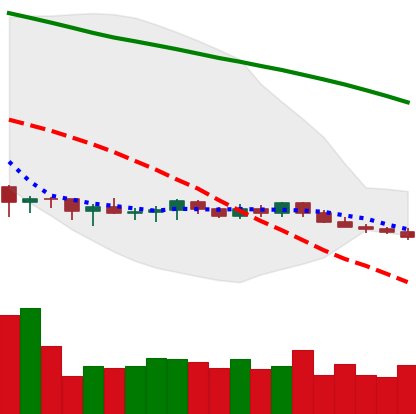
Ticker: XMR-USD
Chart end date: 2019-10-15
Forward return: 8.115%
Label: up_7plus